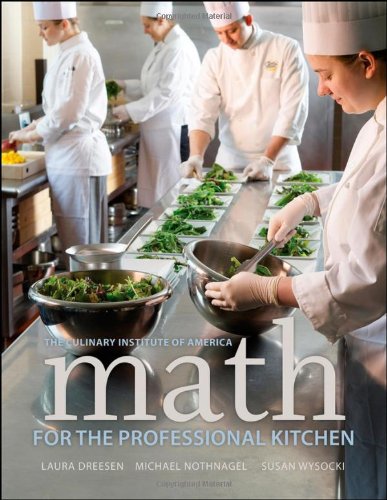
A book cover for Math for the Professional Kitchen; The Culinary Institute of America (CIA); Cookbooks, Food & Wine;